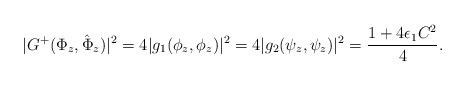
LaTeX: \begin{align*}|G^+(\Phi_z,\hat{\Phi}_z)|^2=4|g_1(\phi_z,\phi_z)|^2=4|g_2(\psi_z,\psi_z)|^2=\frac{1+4\epsilon_1 C^2}{4}.\end{align*}